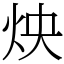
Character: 炴